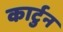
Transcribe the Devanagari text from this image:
कार्टुन